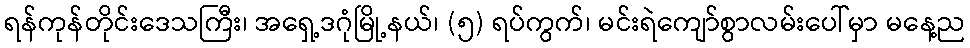
ရန်ကုန်တိုင်းဒေသကြီး၊ အရှေ့ဒဂုံမြို့နယ်၊ (၅) ရပ်ကွက်၊ မင်းရဲကျော်စွာလမ်းပေါ်မှာ မနေ့ည